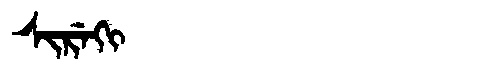
Manchu: ᠰᡳᡵᡝᡴᡳ
Romanization: SIREKI